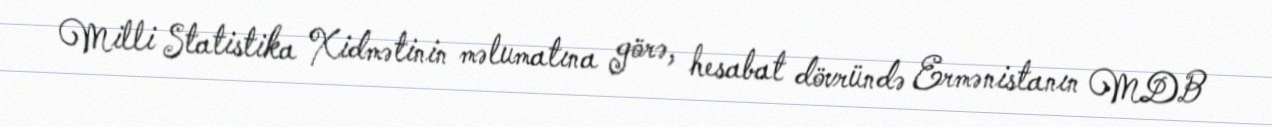
Milli Statistika Xidmətinin məlumatına görə, hesabat dövründə Ermənistanın MDB